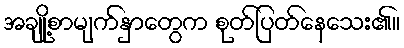
အချို့စာမျက်နှာတွေက စုတ်ပြတ်နေသေး၏။